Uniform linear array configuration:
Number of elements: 24
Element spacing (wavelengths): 1
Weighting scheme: exponential
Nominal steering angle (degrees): -30
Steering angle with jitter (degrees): -31.455
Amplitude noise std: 0.05
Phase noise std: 0.05

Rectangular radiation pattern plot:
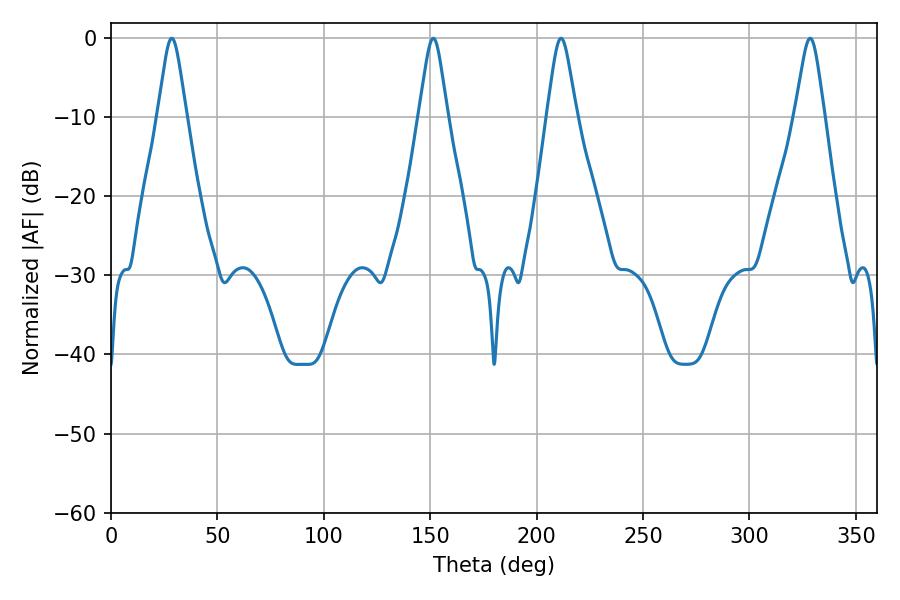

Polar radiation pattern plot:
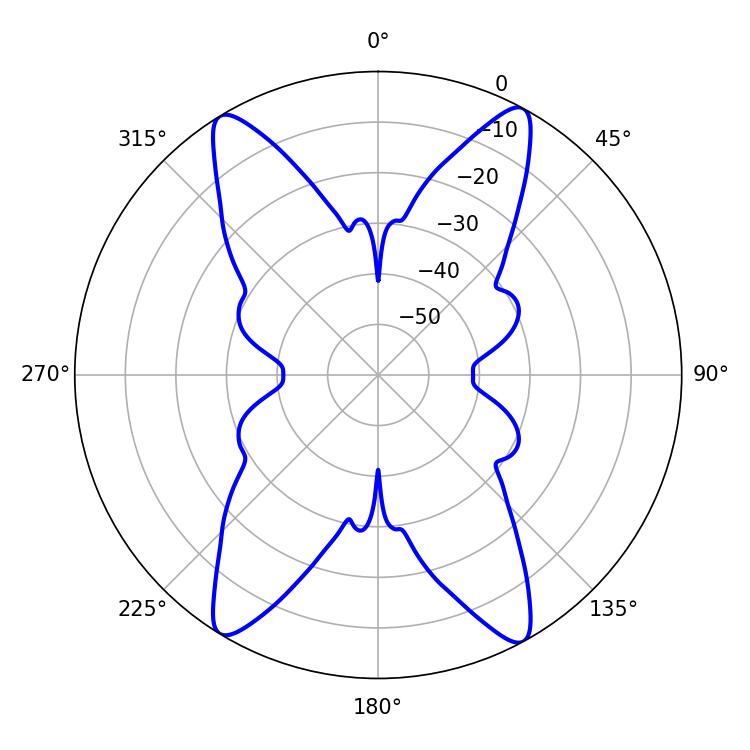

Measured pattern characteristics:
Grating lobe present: TRUE
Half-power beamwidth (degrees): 6.66
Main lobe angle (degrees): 328.5